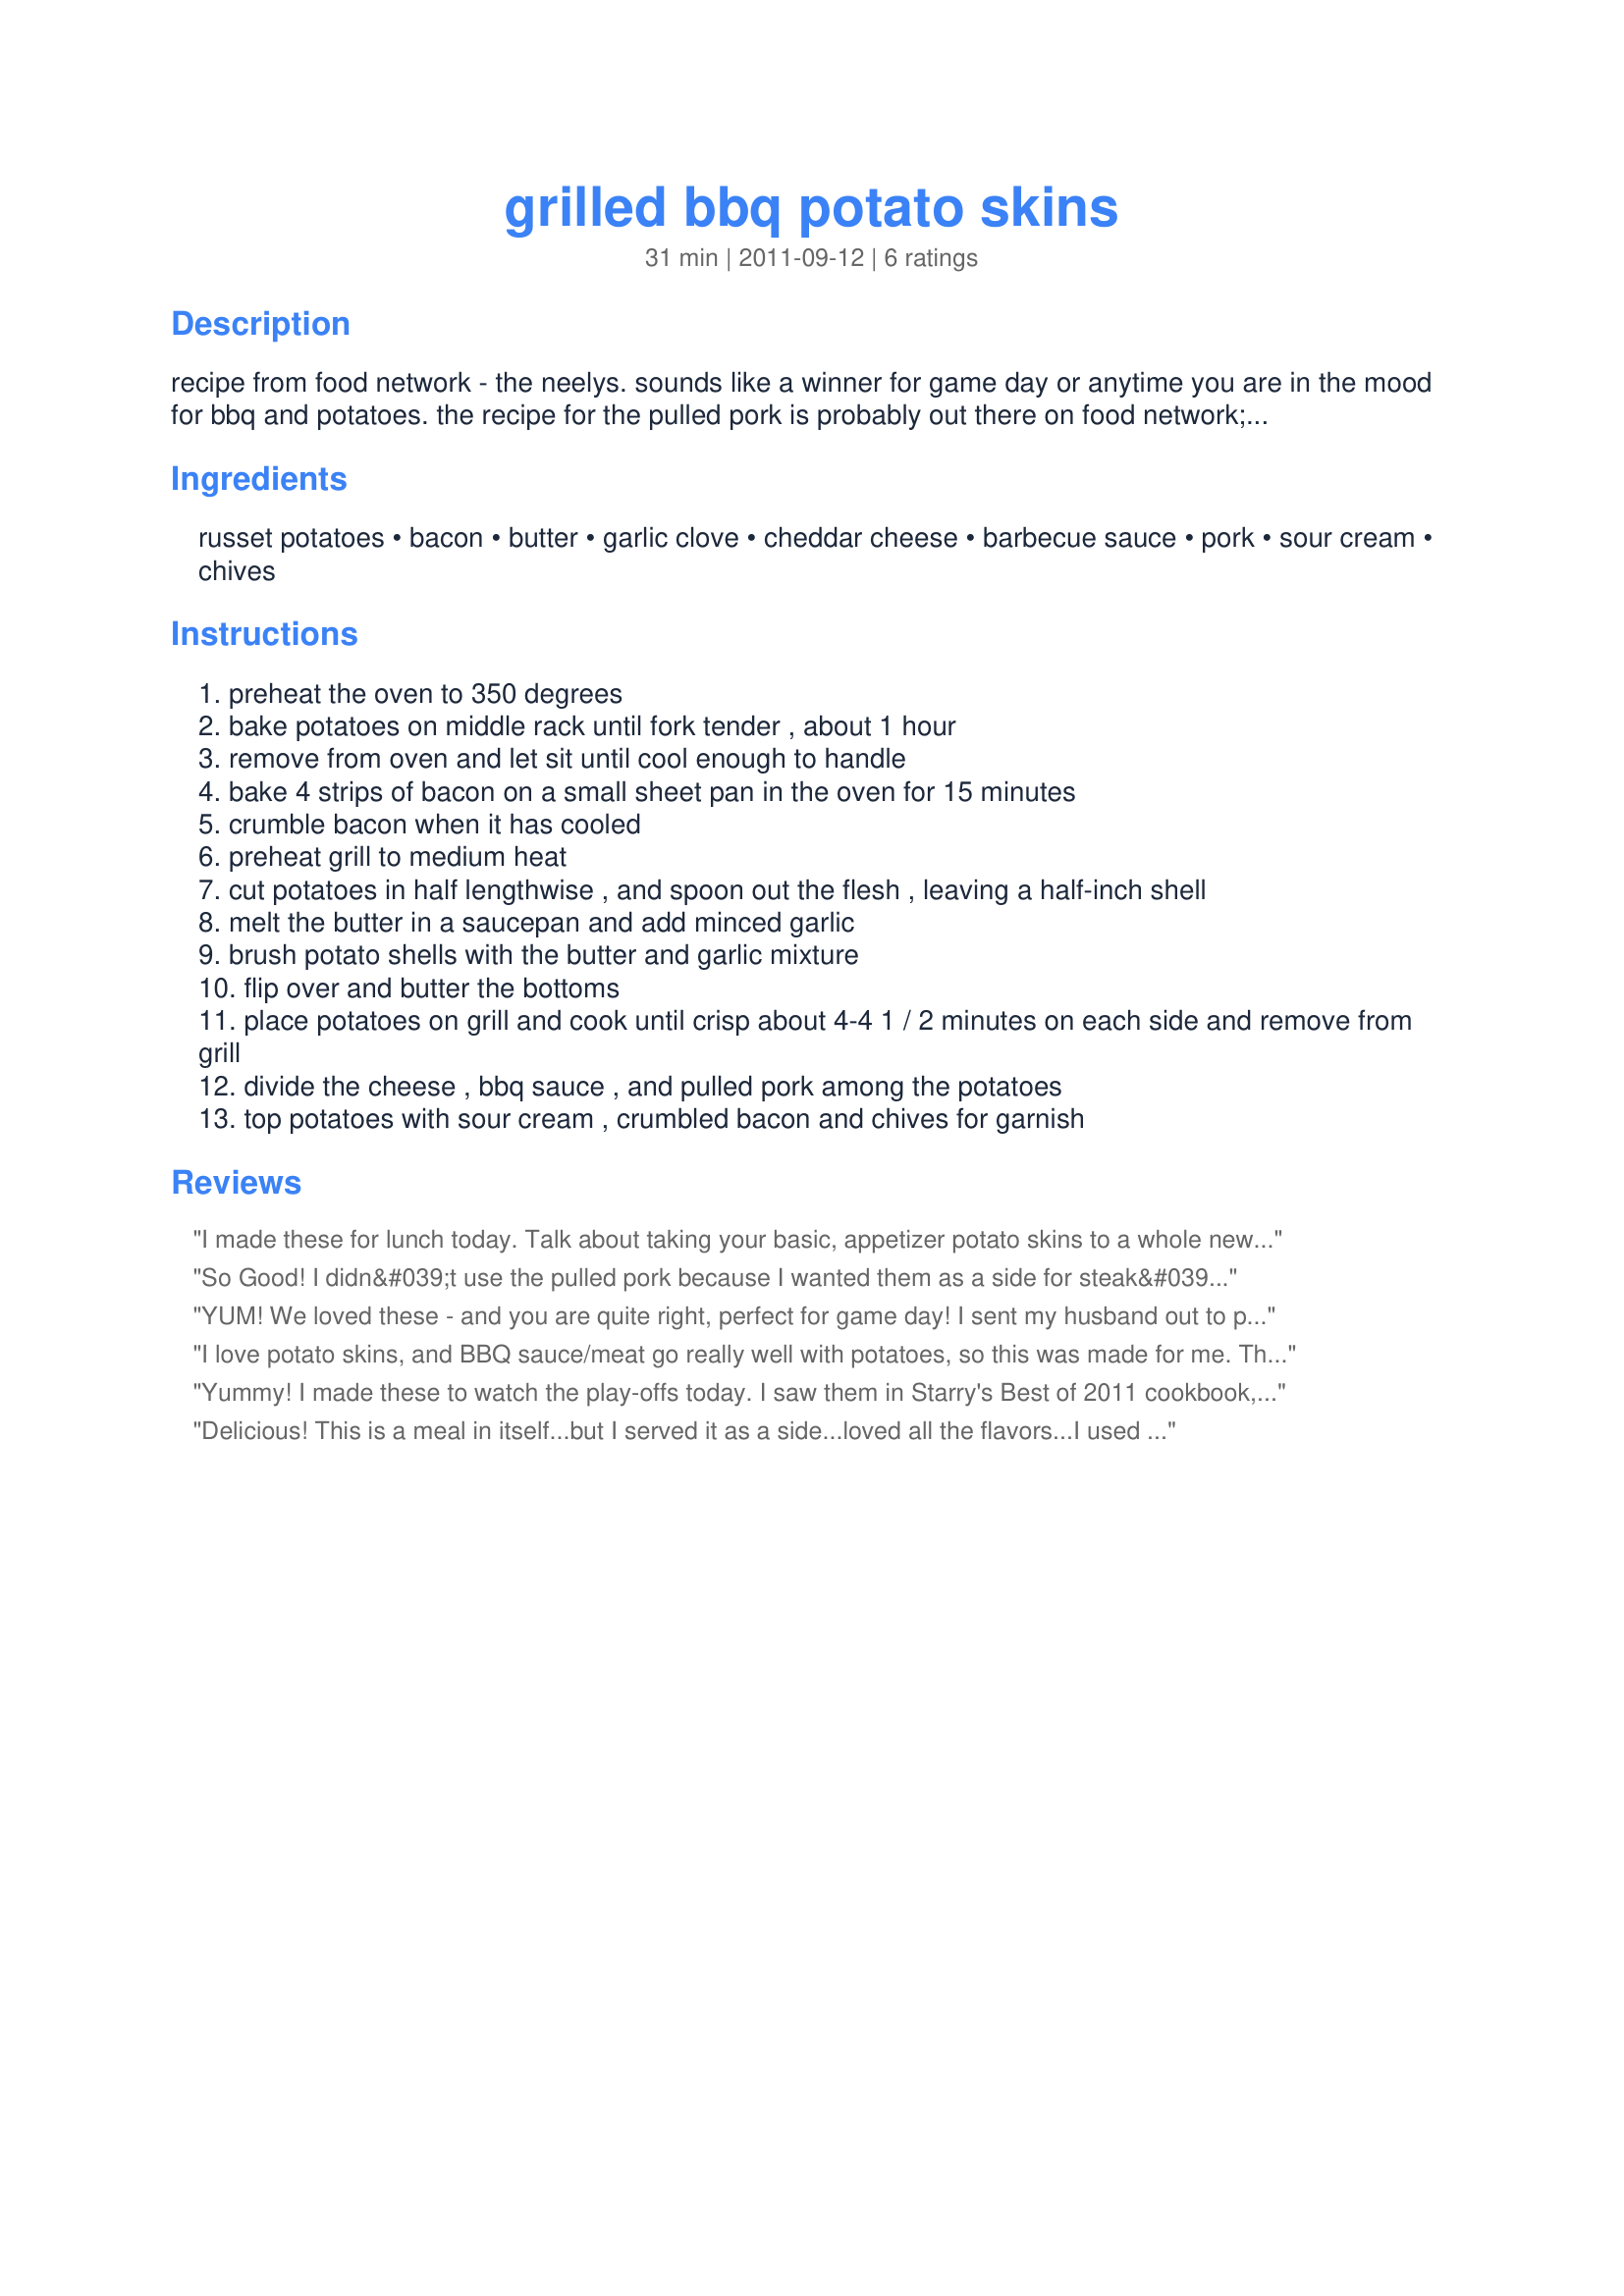
grilled bbq potato skins
Preparation time: 31 minutes

recipe from food network - the neelys. sounds like a winner for game day or anytime you are in the mood for bbq and potatoes. the recipe for the pulled pork is probably out there on food network; however, it might be just as easy to stop by the local bbq restaurant and pickup some chopped beef or pulled pork if they have it. any bbq'd meat would do for this delicious dish.

Ingredients:
russet potatoes, bacon, butter, garlic clove, cheddar cheese, barbecue sauce, pork, sour cream, chives

Steps:
preheat the oven to 350 degrees
bake potatoes on middle rack until fork tender , about 1 hour
remove from oven and let sit until cool enough to handle
bake 4 strips of bacon on a small sheet pan in the oven for 15 minutes
crumble bacon when it has cooled
preheat grill to medium heat
cut potatoes in half lengthwise , and spoon out the flesh , leaving a half-inch shell
melt the butter in a saucepan and add minced garlic
brush potato shells with the butter and garlic mixture
flip over and butter the bottoms
place potatoes on grill and cook until crisp about 4-4 1 / 2 minutes on each side and remove from grill
divide the cheese , bbq sauce , and pulled pork among the potatoes
top potatoes with sour cream , crumbled bacon and chives for garnish

Reviews:
I made these for lunch today. Talk about taking your basic, appetizer potato skins to a whole new level. This is more than a meal in itself. I followed the directions almost exactly. I already had some shredded BBQ pork in my freezer from the last time I made a pork shoulder, so I thawed that out and heated it a bit in the microwave with a dab more BBQ sauce (homemade). I brushed the skins as directed, but it was just too cold today to go out and fire up the grill. Instead, I placed the skins under the broiler for a few minutes on each side. Then I added the pork, cheese and bacon bits. I popped them back under the broiler for a minute or so to melt the cheese. I finished them off with a dollop of sour cream and some thinly sliced scallions. Yum! I think when I make my next pork roast (at Christmas), I will save some left-overs to make these again. Next time I will opt to make them for dinner, not lunch... they are VERY filling! Thanks for posting. (Made for PRMR).
So Good! I didn&#039;t use the pulled pork because I wanted them as a side for steak&#039;s. Everything else went in though and we were happy little munchers. To be sure I will make this again but with the pork to make it a main. Thanks for a great recipe Nancy.
YUM! We loved these - and you are quite right, perfect for game day! I sent my husband out to pick up our favorite pulled pork from the local BBQ joint while I prepped the rest of the dish and other foods for our game-watching party. That shortcut made it nice and easy! We put out a couple of different types of BBQ sauce for people to choose from. Thanks for sharing!
I love potato skins, and BBQ sauce/meat go really well with potatoes, so this was made for me. The only thing I would change next time is to use a little less BBQ sauce. The potatoes' crispness was very good in these. We prepared the full recipe for a (filling and satisfying) meal for 3. Thank you!
Yummy! I made these to watch the play-offs today. I saw them in Starry's Best of 2011 cookbook, but couldn't take a chance I wouldn't get them there! I used pulled pork from my Recipe #440140, and this was delicious. I'll definitely make this again! Thanks Nancy!
Delicious! This is a meal in itself...but I served it as a side...loved all the flavors...I used recipe #509055 for my pulled pork...and omitted the bbq sauce because the pulled pork had plenty in it...this is over the top for a potato skin...thanks for posting the recipe...=)
